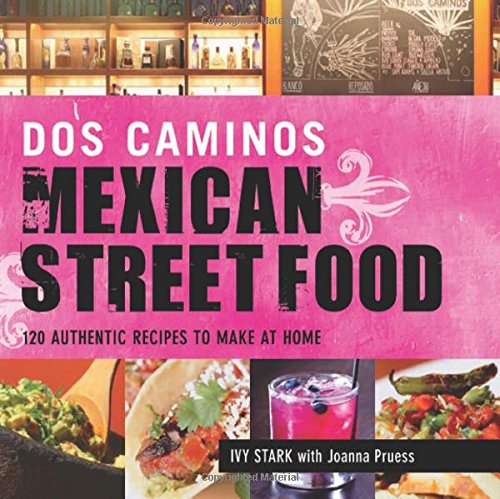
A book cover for Dos Caminos Mexican Street Food: 120 Authentic Recipes to Make at Home; Ivy Stark; Cookbooks, Food & Wine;